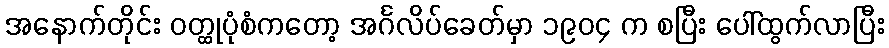
အနောက်တိုင်း ဝတ္ထုပုံစံကတော့ အင်္ဂလိပ်ခေတ်မှာ ၁၉၀၄ က စပြီး ပေါ်ထွက်လာပြီး